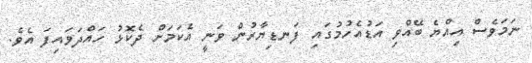
ނަމަވެސް އިއްޔެ ބޭއްވި އަޑުއެހުމުގައި ފަނޑިޔާރުން ވަނީ އެކަމަށް ދެކޮޅު ހައްދަވައިފަ އެވެ.